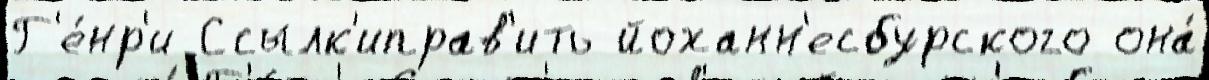
Г'е́нр'и Ссылк'иправ'ить йоханн'есбурского она́